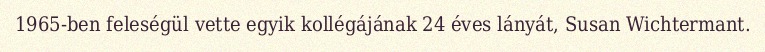
1965-ben feleségül vette egyik kollégájának 24 éves lányát, Susan Wichtermant.